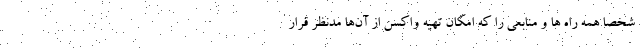
شخصا همه راه ها و منابعی را که امکان تهیه واکسن از آن‌ها مدنظر قرار